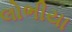
લોભીયા